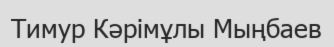
Тимур Кәрімұлы Мыңбаев